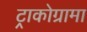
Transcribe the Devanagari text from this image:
ट्राकोग्रामा